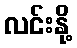
လင်းနို့